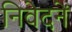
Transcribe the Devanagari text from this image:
निवेदनें